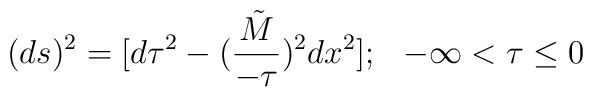
(ds)^2 = [d \tau^2 - ({{\tilde M} \over - \tau})^2 dx^2]; \hskip0.3cm -\infty < \tau \le 0